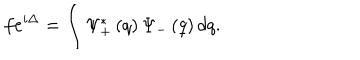
LaTeX: f e ^ { i \Delta } = \int \Psi _ { + } ^ { \ast } \left( q \right) \Psi _ { - } \left( q \right) d q .